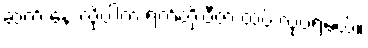
ဆက် နေ လိုပါက ရက်တိုးဗီဇာ ထပ် လုပ်ရမယ်။